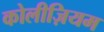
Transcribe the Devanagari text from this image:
कोलीज़ियम